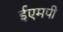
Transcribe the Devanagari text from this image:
ईएमपी